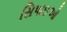
સિપાઇઓ